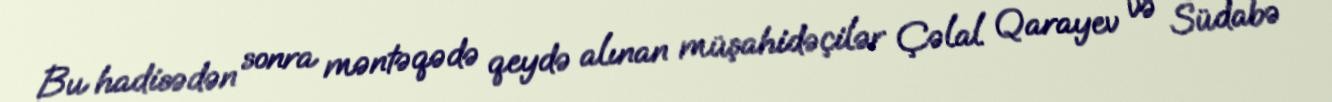
Bu hadisədən sonra məntəqədə qeydə alınan müşahidəçilər Çəlal Qarayev və Südabə